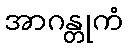
အာဂန္တုကံ